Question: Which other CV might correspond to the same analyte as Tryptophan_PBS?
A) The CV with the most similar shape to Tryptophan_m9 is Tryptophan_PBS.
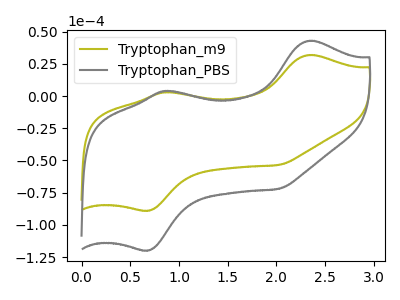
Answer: <think>The olive curve "Tryptophan_m9" has anodic peaks at (2.35V, 31.85uA) (0.85V, 3.00uA) and cathodic peaks at (0.65V, -88.95uA) (2.00V, -53.45uA). The gray curve "Tryptophan_PBS" has anodic peaks at (2.35V, 42.90uA) (0.85V, 4.00uA) and cathodic peaks at (0.65V, -119.80uA) (2.00V, -72.00uA).
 All the peaks in "Tryptophan_m9" have a peak in "Tryptophan_PBS" at the same potential. Every peak in "Tryptophan_m9" is lower than every peak in "Tryptophan_PBS".</think>
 <answer>A) The CV with the most similar shape to "Tryptophan_m9" is "Tryptophan_PBS".</answer>
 <eval>A</eval>